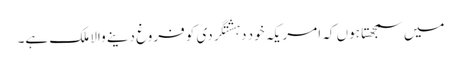
میں سمجھتا ہوں کہ امریکہ خود دہشتگردی کو فروغ دینے والا ملک ہے۔